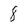
Character: 8